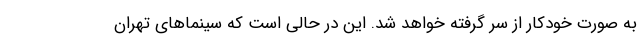
به صورت خودکار از سر گرفته خواهد شد. این در حالی است که سینماهای تهران